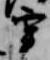
宰